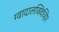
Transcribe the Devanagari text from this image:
ग्वादालक्विव्हिर